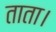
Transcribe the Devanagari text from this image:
ताता।